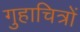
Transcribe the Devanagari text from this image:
गुहाचित्रों